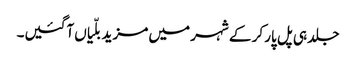
جلد ہی پل پار کر کے شہر میں مزید بلّیاں آگئیں۔